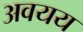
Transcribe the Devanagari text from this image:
अवयय